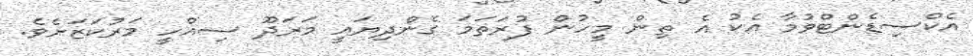
އެކްސިޑެންޓްވުމާ އެކު އެ ތިން މީހުން ފުރަަތަމަ ގެންދިޔައީ މަރަދޫ ސިއްހީ މަރުކަޒަށެވެ.